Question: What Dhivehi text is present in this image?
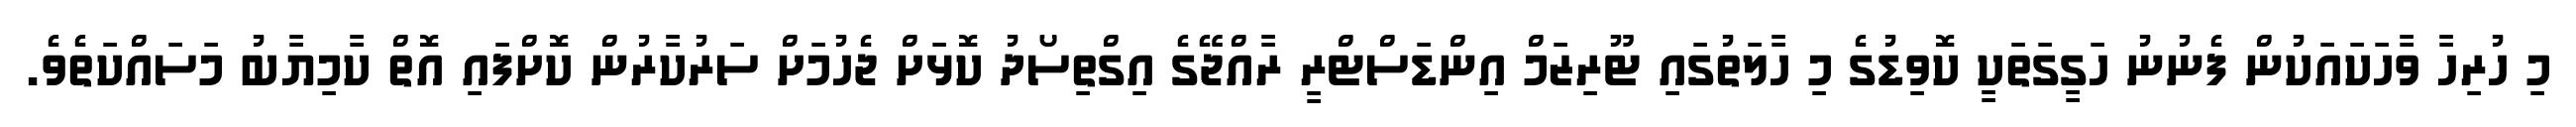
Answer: މި ހުރިހާ ވާހަކައަކުން ފެނުނު ހަގީގަތަކީ ކޮވިޑުގެ މި ހާލަތުގައި ޓޫރިޒަމް އިންޑަސްޓްރީ ރާއްޖޭގެ އިގްތިސޯދު ކޮޅަށް ޖެހުމަށް ސަރުކާރުން ކޮށްފައި އޮތް ކާމިޔާބު މަސައްކަތެވެ.